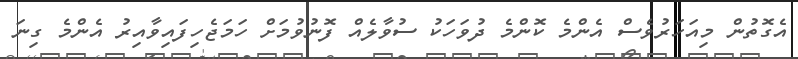
އެގޮތުން މިއަހަރުވެސް އެންމެ ކޮންމެ ދުވަހަކު ސުވާލެއް ފޮނުވުމަށް ހަމަޖެހިފައިވާއިރު އެންމެ ގިނަ